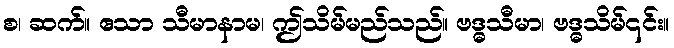
စ၊ ဆက်။ ဧသာ သီမာနာမ၊ ဤသိမ်မည်သည်။ ဗဒ္ဓသီမာ၊ ဗဒ္ဓသိမ်၎င်း။